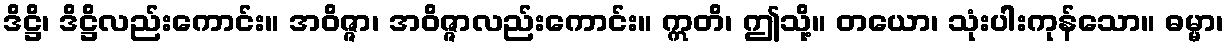
ဒိဋ္ဌိ၊ ဒိဋ္ဌိလည်းကောင်း။ အဝိဇ္ဇာ၊ အဝိဇ္ဇာလည်းကောင်း။ ဣတိ၊ ဤသို့။ တယော၊ သုံးပါးကုန်သော။ ဓမ္မာ၊